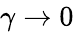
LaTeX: \gamma\xrightarrow{}0